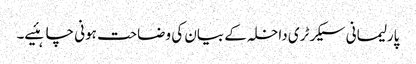
پارلیمانی سیکرٹری داخلہ کے بیان کی وضاحت ہونی چاہئیے۔